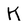
Character: K